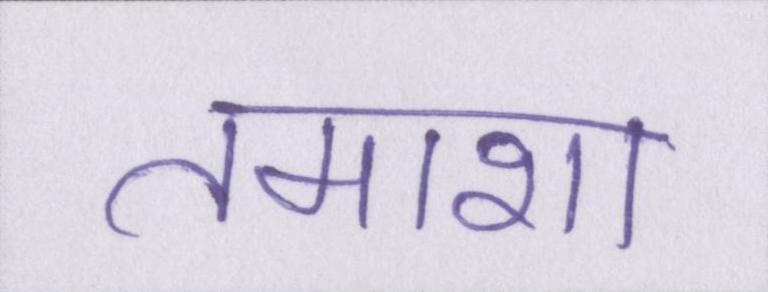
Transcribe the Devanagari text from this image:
तमाशा